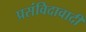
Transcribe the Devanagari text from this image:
प्रसंविदावादी